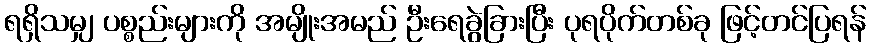
ရရှိသမျှ ပစ္စည်းများကို အမျိုးအမည် ဦးရေခွဲခြားပြီး ပုရပိုက်တစ်ခု ဖြင့်တင်ပြရန်